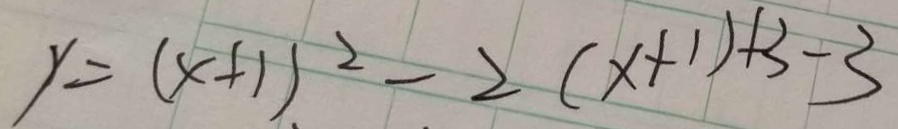
y = ( x + 1 ) ^ { 2 } - 2 ( x + 1 ) + 3 - 3